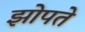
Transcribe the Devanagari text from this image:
झोपते